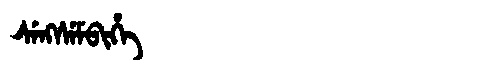
Manchu: ᠰᡝᠩᠰᡝᠮᠪᡳᡥᡝ
Romanization: SENGSEMBIHE